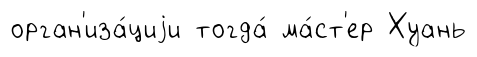
орган'иза́циjи тогда́ ма́ст'ер Хуань